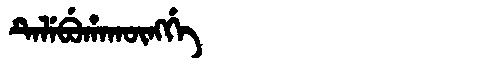
Manchu: ᡨᡝᠯᡝᠪᡠᡥᠠᡴᡡᠩᡤᡝ
Romanization: TELEBUHAKŪNGGE